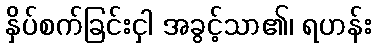
နှိပ်စက်ခြင်းငှါ အခွင့်သာ၏၊ ရဟန်း